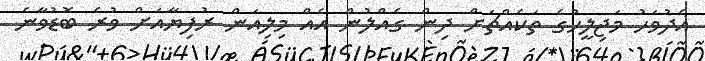
އެދުވަހު މަޖިލީހުގެ ތަކެއްޗަށް ދިން ގެއްލުން އެއް މިލިއަން ރުފިޔާއަށް ވުރެ ބޮޑުވާނެ